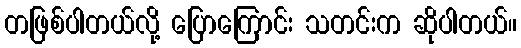
တဖြစ်ပါတယ်လို့ ပြောကြောင်း သတင်းက ဆိုပါတယ်။